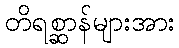
တိရစ္ဆာန်များအား